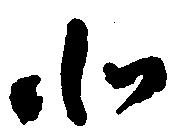
北